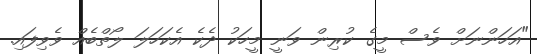
"އަހަންނަށް ވެސް މީގެ ކުރިން ވަނީ މީހަކު ދެކެ އެކަހަލަ ލޯތްބެއް ވެވިފައި.